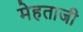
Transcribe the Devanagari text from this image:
मेहताजी